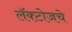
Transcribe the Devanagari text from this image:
लॅक्टोजचे